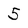
Character: 5